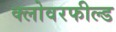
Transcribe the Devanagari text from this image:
क्लोवरफील्ड